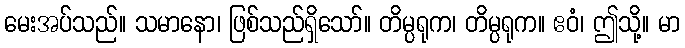
မေးအပ်သည်။ သမာနော၊ ဖြစ်သည်ရှိသော်။ တိမ္ပရုက၊ တိမ္ပရုက။ ဧဝံ၊ ဤသို့။ မာ